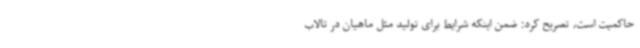
حاکمیت است، تصریح کرد: ضمن اینکه شرایط برای تولید مثل ماهیان در تالاب